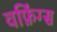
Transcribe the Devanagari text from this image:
वफ़िंग्स